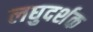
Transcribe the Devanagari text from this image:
लघुदर्शक